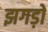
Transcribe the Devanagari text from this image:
झगड़ो